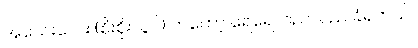
အသေးလေး (စိုးစိုးလွင်) ကတော့ ရေရေလည်လည် ခံရတယ်။